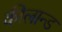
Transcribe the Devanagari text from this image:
कीलान्ड